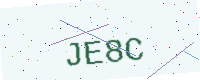
Text: JE8C